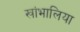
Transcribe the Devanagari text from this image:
खांभालिया